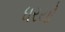
ધરયૌ